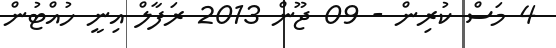
4 މަސް ކުރިން - 09 ޖޫން 2013 ރަފާލް އިނީ ހުއްޓުން